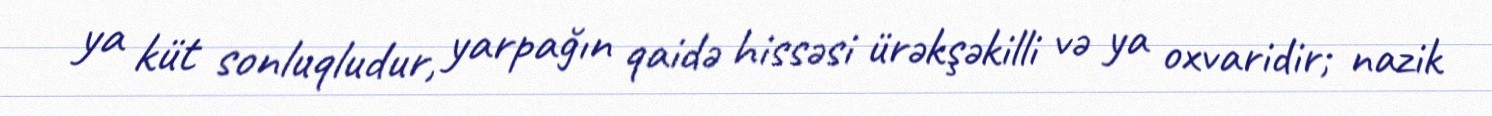
ya küt sonluqludur, yarpağın qaidə hissəsi ürəkşəkilli və ya oxvaridir; nazik